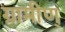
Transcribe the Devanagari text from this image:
ग्रामीण्